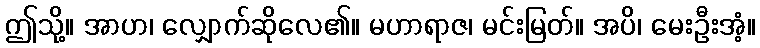
ဤသို့။ အာဟ၊ လျှောက်ဆိုလေ၏။ မဟာရာဇ၊ မင်းမြတ်။ အပိ၊ မေးဦးအံ့။